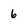
Character: 6